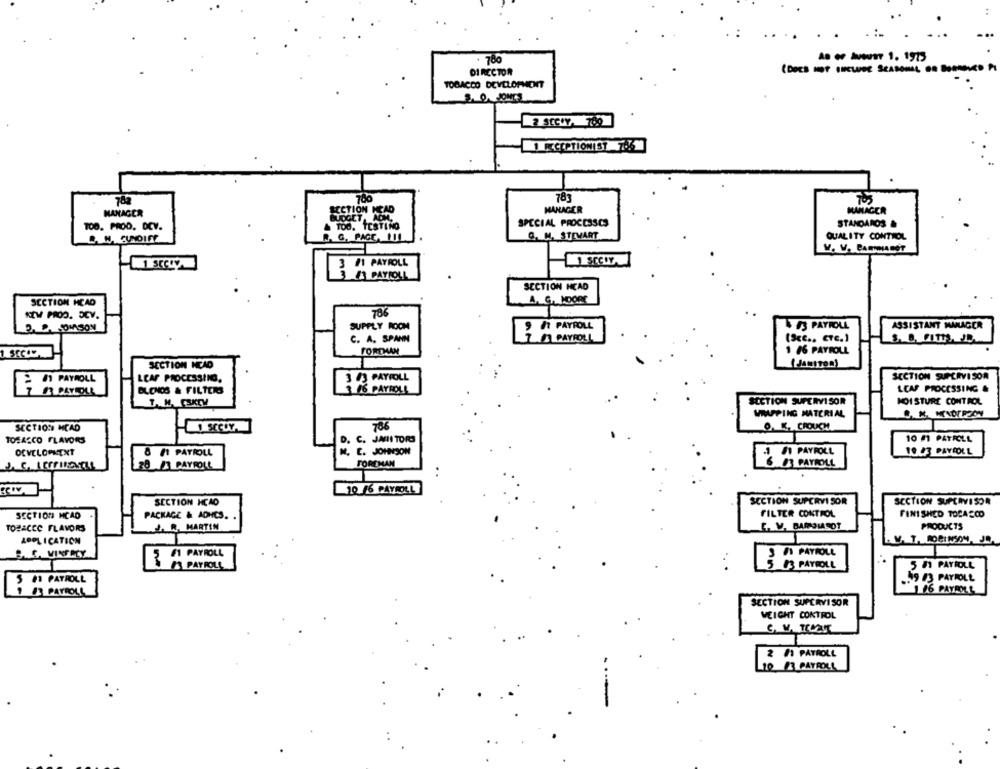
. 780
- - - 1. 1915
DIRECTOR
(DOES NOT ONEWOE SEASONAL
TOBACCO DEVELOPMENT
3. 0. JONCS
2 SEC.Y. 760
RECEPTIONIST 7.5
782
700
783
705
MANAGER
SECTION MEAD
MANAGER
MANAGER
BUDGET. ADM
SPECIAL PROCESSCS
STANDARDS &
TO0. PROD. DEV.
TOO. TESTING
A. G. PAGE, HIL
Q. M. STEWART
QUALITY CONTROL
& N. CUNDIFF
V. V. CARINABOT
3 41 PAYROLL
PAYROLL
SECTION HEAD
SECTION HEAD
NEW PROD. DEV.
786
PSDMASON
SUPPLY ROOM
1 PAYROLL
&# PAYROLL
ASSISTANT MANAGER
C. A. SPANN
PAYROLL
(Scc .. ETC.)
FOREMAN
1 16 PAYROLL
SECTION NEAD
[JANITOR)
SECTION SUPERVISOR
PAYROLL
LCAF PROCESSING.
3 43 PAYROLL
BLONOS & FILTERS
306 PAYROLL
LCAF PROCESSING &
SECTION SUPERVISOR
MOI STURE CONTROL
WRAPPING MATERIAL
SECTION MCAD
786
O. K. CROUCH
JAHI TORS
10 M PATACLA
TOSACCO FLAVORS
c.
DEVELOPKEXT
& #1 PAYROLL
E. JOHNSON
19 43 PAYROLL
A PAYROLL
78 3 PAYROLL
FOREMAN
BS PAYROLL
10 /6 PAYROLL
SECTION HCAO
SECTION SUPERVISOR
SECTION SUPERVISOR
SECTION MCAD
PACKAGE & ADHCS. .
FILTER CONTROL
FINISHED TOCASCO
TOBACCO FLAVORS
J. R. MARTIN
E. V. BAMDIASOT
PRODUCTS
APPLICATION
S. C. VINFRLY
3 /1 PAYROLL
3 1 PAYROLL
PAYROLL
5 83 PAYROLL
5 8 PAYROLL
.. 9 #3 PAYROLL
1 16 PAYROLL
L BS PAYROLL
SECTION SUPERVISOR
WEIGHT CONTROL
2 /1 PAYROLL
10 3 PAYROLL